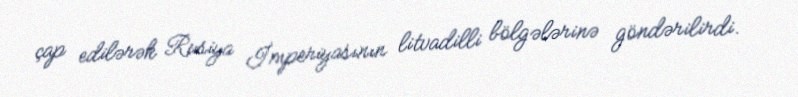
çap edilərək Rusiya İmperiyasının litvadilli bölgələrinə göndərilirdi.